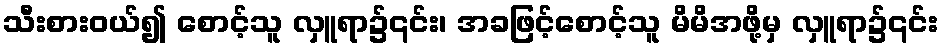
သီးစားဝယ်၍ စောင့်သူ လှူရာ၌၎င်း၊ အခဖြင့်စောင့်သူ မိမိအဖို့မှ လှူရာ၌၎င်း